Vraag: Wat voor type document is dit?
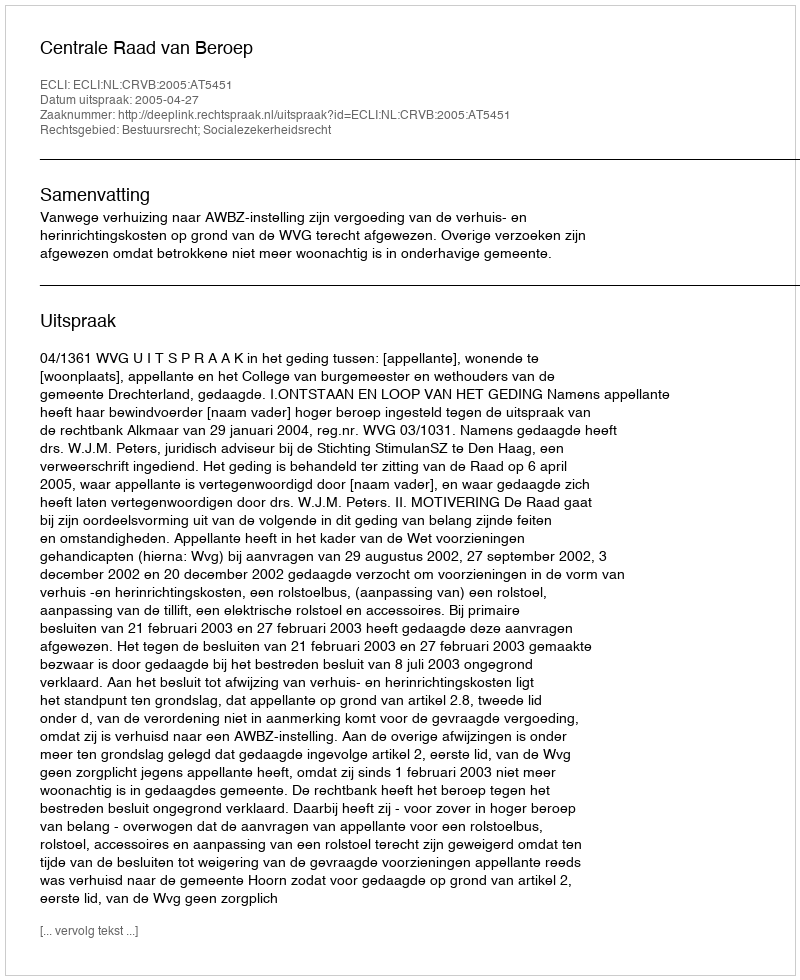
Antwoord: Uitspraak